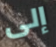
إلى